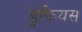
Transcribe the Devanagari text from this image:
ड्रेफियस